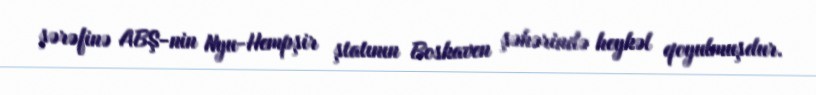
şərəfinə ABŞ-nin Nyu-Hempşir ştatının Boskaven şəhərində heykəl qoyulmuşdur.